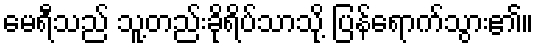
မေရီသည် သူ့တည်းခိုရိပ်သာသို့ ပြန်ရောက်သွား၏။